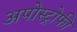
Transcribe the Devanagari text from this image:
अपोस्ट्रोफी